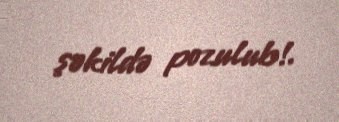
şəkildə pozulub!.